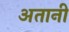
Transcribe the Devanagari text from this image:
अतानी